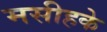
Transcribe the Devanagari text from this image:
मसीहके